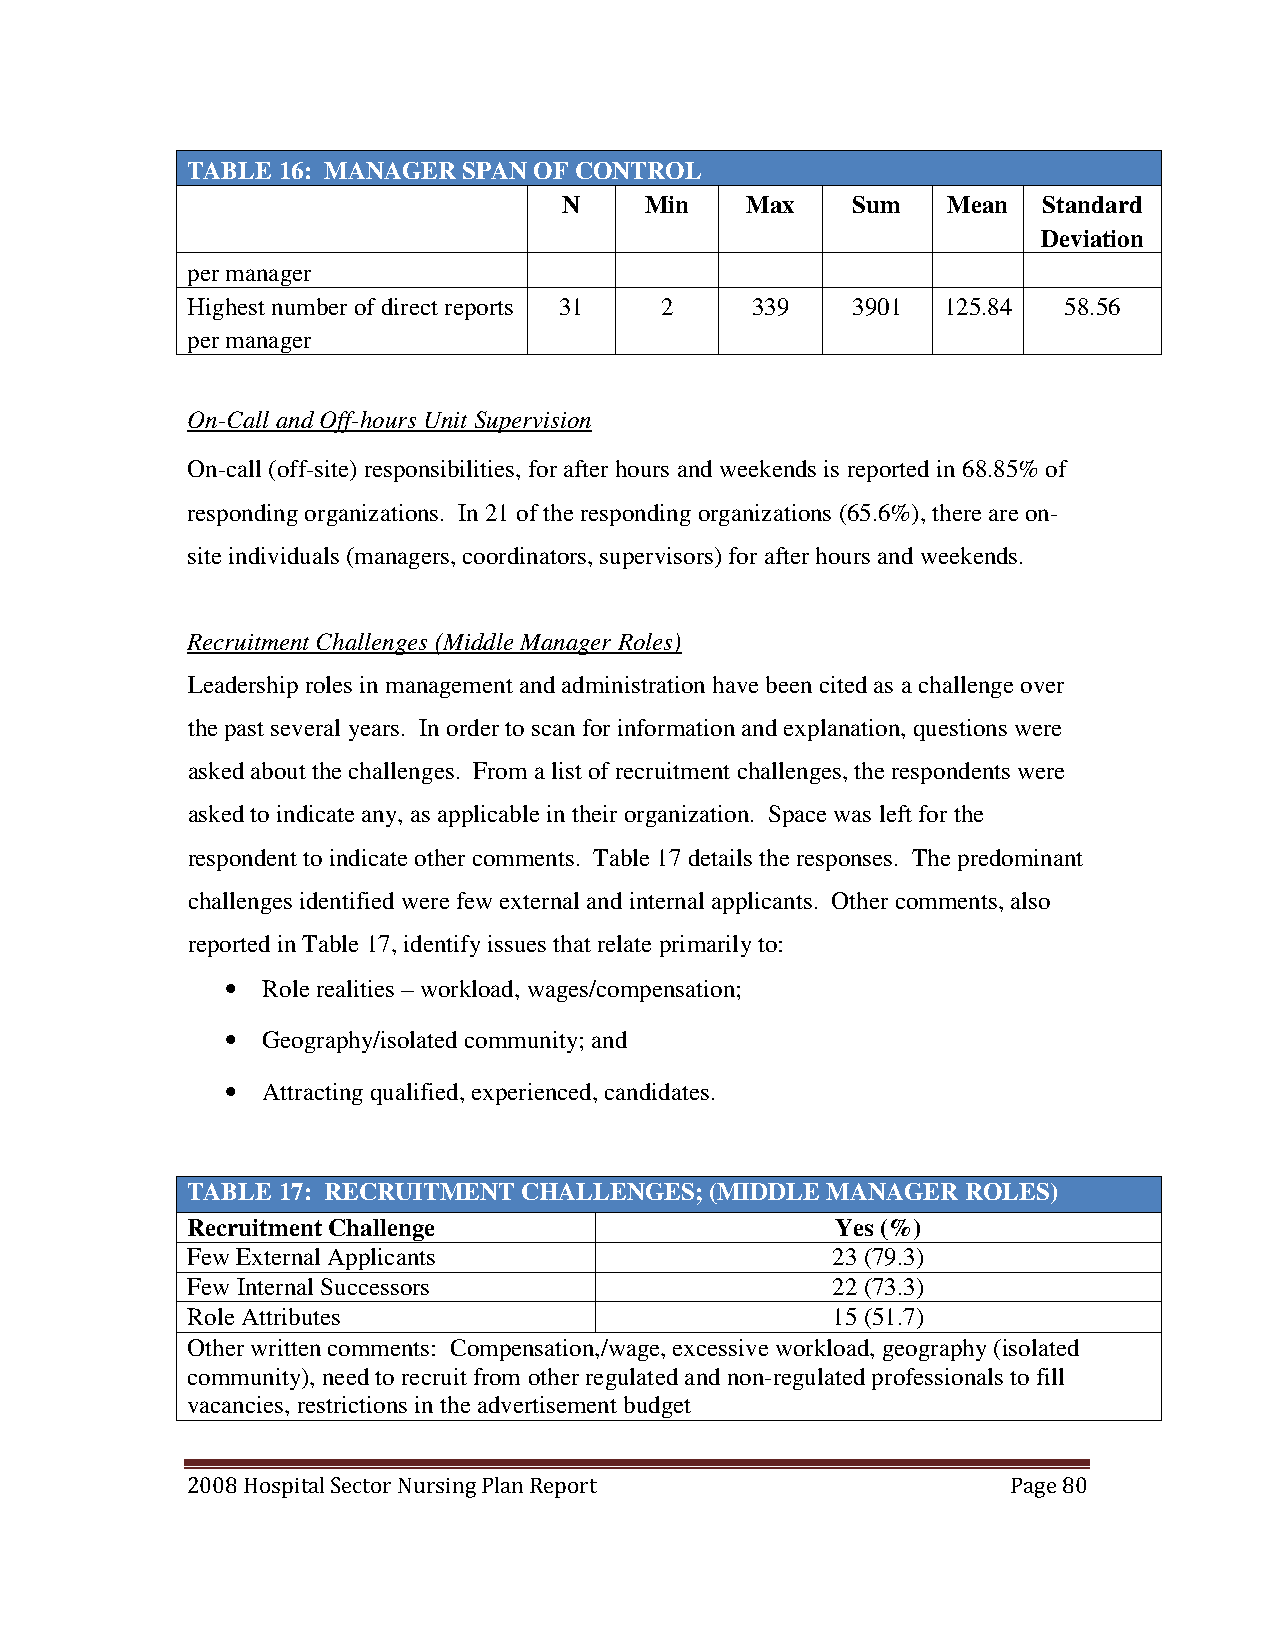
TABLE 16: MANAGER  SPAN OF CONTROL
 N     Min   Max    Sum    Mean  Standard
 Deviation
 per manager
 Highest number of direct reports 31 2 339   3901  125.84  58.56
 per manager
 On-Call and Off-hours Unit Supervision
 On-call (off-site) responsibilities, for after hours and weekends is reported in 68.85% of
 responding organizations. In 21 of the responding organizations (65.6%), there are on-
 site individuals (managers, coordinators, supervisors) for after hours and weekends.
 Recruitment Challenges (Middle Manager Roles)
 Leadership roles in management and administration have been cited as a challenge over
 the past several years. In order to scan for information and explanation, questions were
 asked about the challenges. From a list of recruitment challenges, the respondents were
 asked to indicate any, as applicable in their organization. Space was left for the
 respondent to indicate other comments. Table 17 details the responses. The predominant
 challenges identified were few external and internal applicants. Other comments, also
 reported in Table 17, identify issues that relate primarily to:
 • Role realities – workload, wages/compensation;
 • Geography/isolated community; and
 • Attracting qualified, experienced, candidates.
 TABLE 17: RECRUITMENT CHALLENGES;  (MIDDLE MANAGER  ROLES)
 Recruitment Challenge                      Yes (%)
 Few External Applicants                    23 (79.3)
 Few Internal Successors                    22 (73.3)
 Role Attributes                            15 (51.7)
 Other written comments: Compensation,/wage, excessive workload, geography (isolated
 community), need to recruit from other regulated and non-regulated professionals to fill
 vacancies, restrictions in the advertisement budget
 2008 Hospital Sector Nursing Plan Report               Page 80